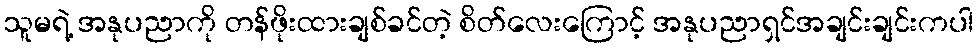
သူမရဲ့ အနုပညာကို တန်ဖိုးထားချစ်ခင်တဲ့ စိတ်လေးကြောင့် အနုပညာရှင်အချင်းချင်းကပါ